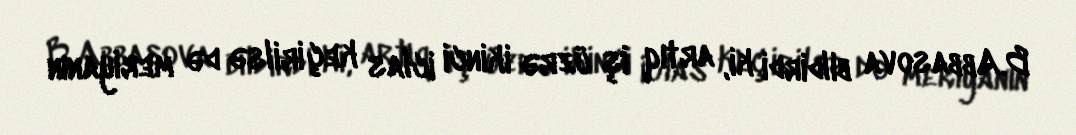
B.Abbasova bildirdi ki, artıq iş üzrə ikinci iclas keçirilsə də meriyanın